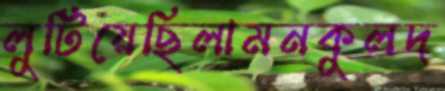
লুটিয়েছিলামনকুলদ